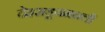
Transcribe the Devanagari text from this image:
देहराडूनमधली